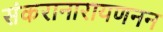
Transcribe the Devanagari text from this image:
संकरानारायणनन